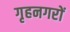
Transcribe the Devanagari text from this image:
गृहनगरों